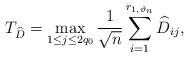
LaTeX: \begin{align*}T_{\widehat{D}}=\max_{1\leq j\leq2q_0}\frac{1}{\sqrt{n}}\sum^{r_{1,\vartheta_n}}_{i=1}\widehat{D}_{ij},\end{align*}